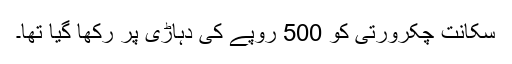
سکانت چکرورتی کو 500 روپے کی دہاڑی پر رکھا گیا تھا۔